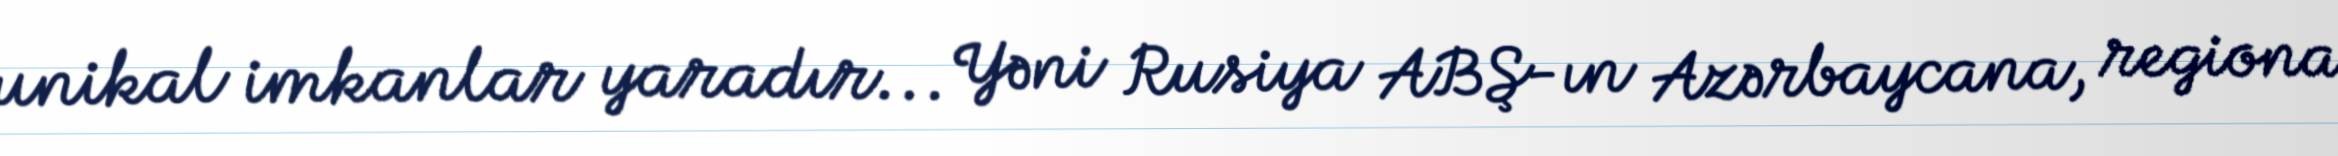
unikal imkanlar yaradır... Yəni Rusiya ABŞ-ın Azərbaycana, regiona